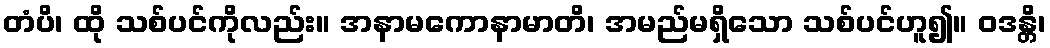
တံပိ၊ ထို သစ်ပင်ကိုလည်း။ အနာမကောနာမာတိ၊ အမည်မရှိသော သစ်ပင်ဟူ၍။ ဝဒန္တိ၊